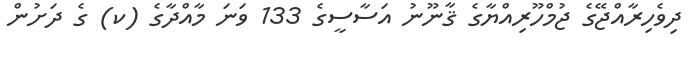
ދިވެހިރާއްޖޭގެ ޖުމްހޫރިއްޔާގެ ޤާނޫނު އަސާސީގެ 133 ވަނަ މާއްދާގެ (ކ) ގެ ދަށުން